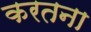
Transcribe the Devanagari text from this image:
करतना